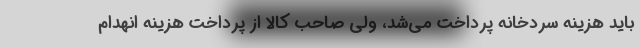
باید هزینه سردخانه پرداخت می‌شد، ولی صاحب کالا از پرداخت هزینه انهدام